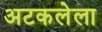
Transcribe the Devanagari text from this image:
अटकलेला